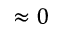
\approx 0